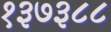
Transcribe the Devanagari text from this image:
१३७३८८